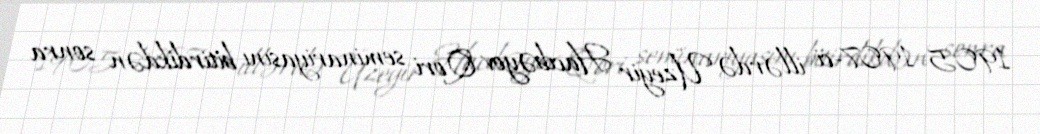
1905–1907-ci illərdə Üzeyir Hacıbəyov Qori seminariyasını bitirdikdən sonra